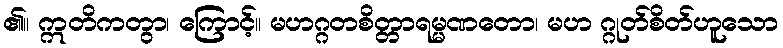
၏။ ဣတိကတွာ၊ ကြောင့်။ မဟဂ္ဂတစိတ္တာရမ္မဏတော၊ မဟ ဂ္ဂုတ်စိတ်ဟူသော